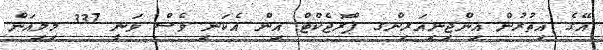
އޭގެ އިތުރުން އިންޖިނިއަރިންގ ޕްރޮޖެކްޓް އިން އެކަނި ވެސް ވަނީ 337 މިލިއަން